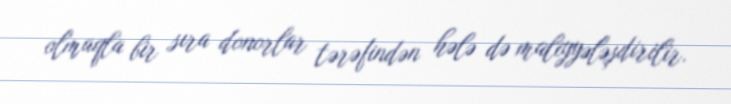
olmaqla bir sıra donorlar tərəfindən hələ də maliyyələşdirilir.